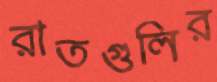
রাতগুলির